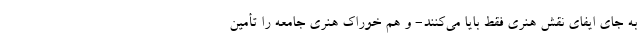
به جای ایفای نقش هنری فقط بایا می‌کنند- و هم خوراک هنری جامعه را تأمین